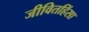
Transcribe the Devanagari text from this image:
जीवितहिंसा